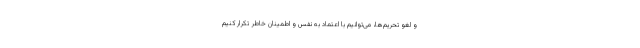
و لغو تحریم‌ها، می‌توانیم با اعتماد به نفس و اطمینان خاطر تکرار کنیم